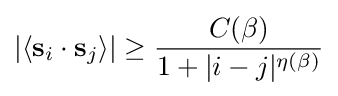
|\langle \mathbf {s} _{i}\cdot \mathbf {s} _{j}\rangle |\geq {\frac {C(\beta )}{1+|i-j|^{\eta (\beta )}}}